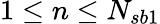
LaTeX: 1\leq n\leq N_{sb1}